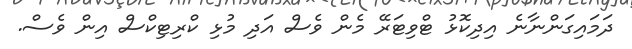
ދަމައިގަންނާނެ އިދިކޮޅު ޓްވިޓަރޭ މެން ވެސް އަދި މުޅި ކްރިޓިކްސް އިން ވެސް.